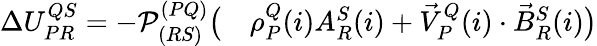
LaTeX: \begin{array}{rl}{\Delta U_{PR}^{QS}=-\mathcal P_{(RS)}^{(PQ)}\big(}&{{}\rho_{P}^{Q}(i)A_{R}^{S}(i)+\vec{V}_{P}^{Q}(i)\cdot\vec{B}_{R}^{S}(i)\big)}\end{array}